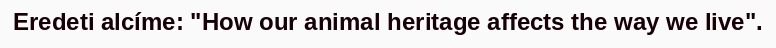
Eredeti alcíme: "How our animal heritage affects the way we live".